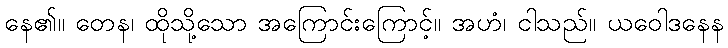
နေ၏။ တေန၊ ထိုသို့သော အကြောင်းကြောင့်။ အဟံ၊ ငါသည်။ ယဝေါဒနေန